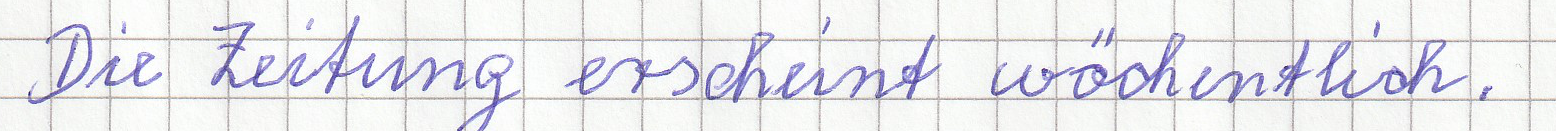
Die Zeitung erscheint wöchentlich.